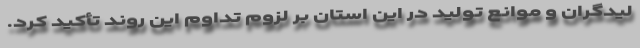
لیدگران و موانع تولید در این استان بر لزوم تداوم این روند تأکید کرد.